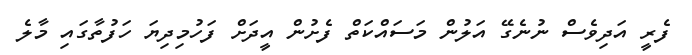
ފެރީ އަދިވެސް ނުނެގޭ އަލުން މަސައްކަތް ފެށުން އީދަށް ފަހުމިދިޔަ ހަފުތާގައި މާލެ